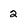
Character: 2